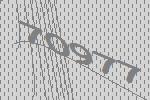
70977